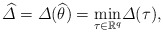
\begin{align*} \widehat{\varDelta} = \varDelta(\widehat{\theta}) =\underset{\tau\in\mathbb{R}^{q}} {\min}\varDelta(\tau),\end{align*}